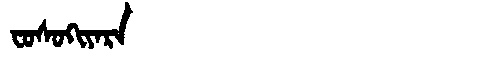
Manchu: ᠸᠣᠰᠣᡴᡳᠶᠠᡵᠠ
Romanization: FOSOKIYARA